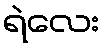
ရဲလေး